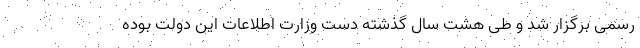
رسمی برگزار شد و طی هشت سال گذشته دست وزارت اطلاعات این دولت بوده